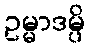
ဥမ္မာဒမ္ပိ